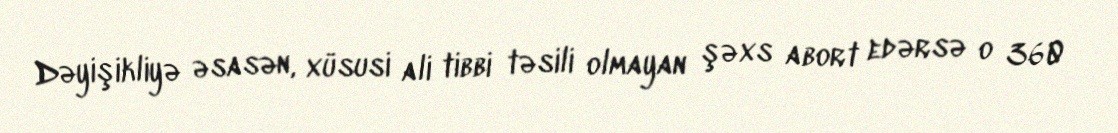
Dəyişikliyə əsasən, xüsusi ali tibbi təsili olmayan şəxs abort edərsə o 360